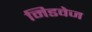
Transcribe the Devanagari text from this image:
मिडवेज